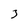
Character: 3